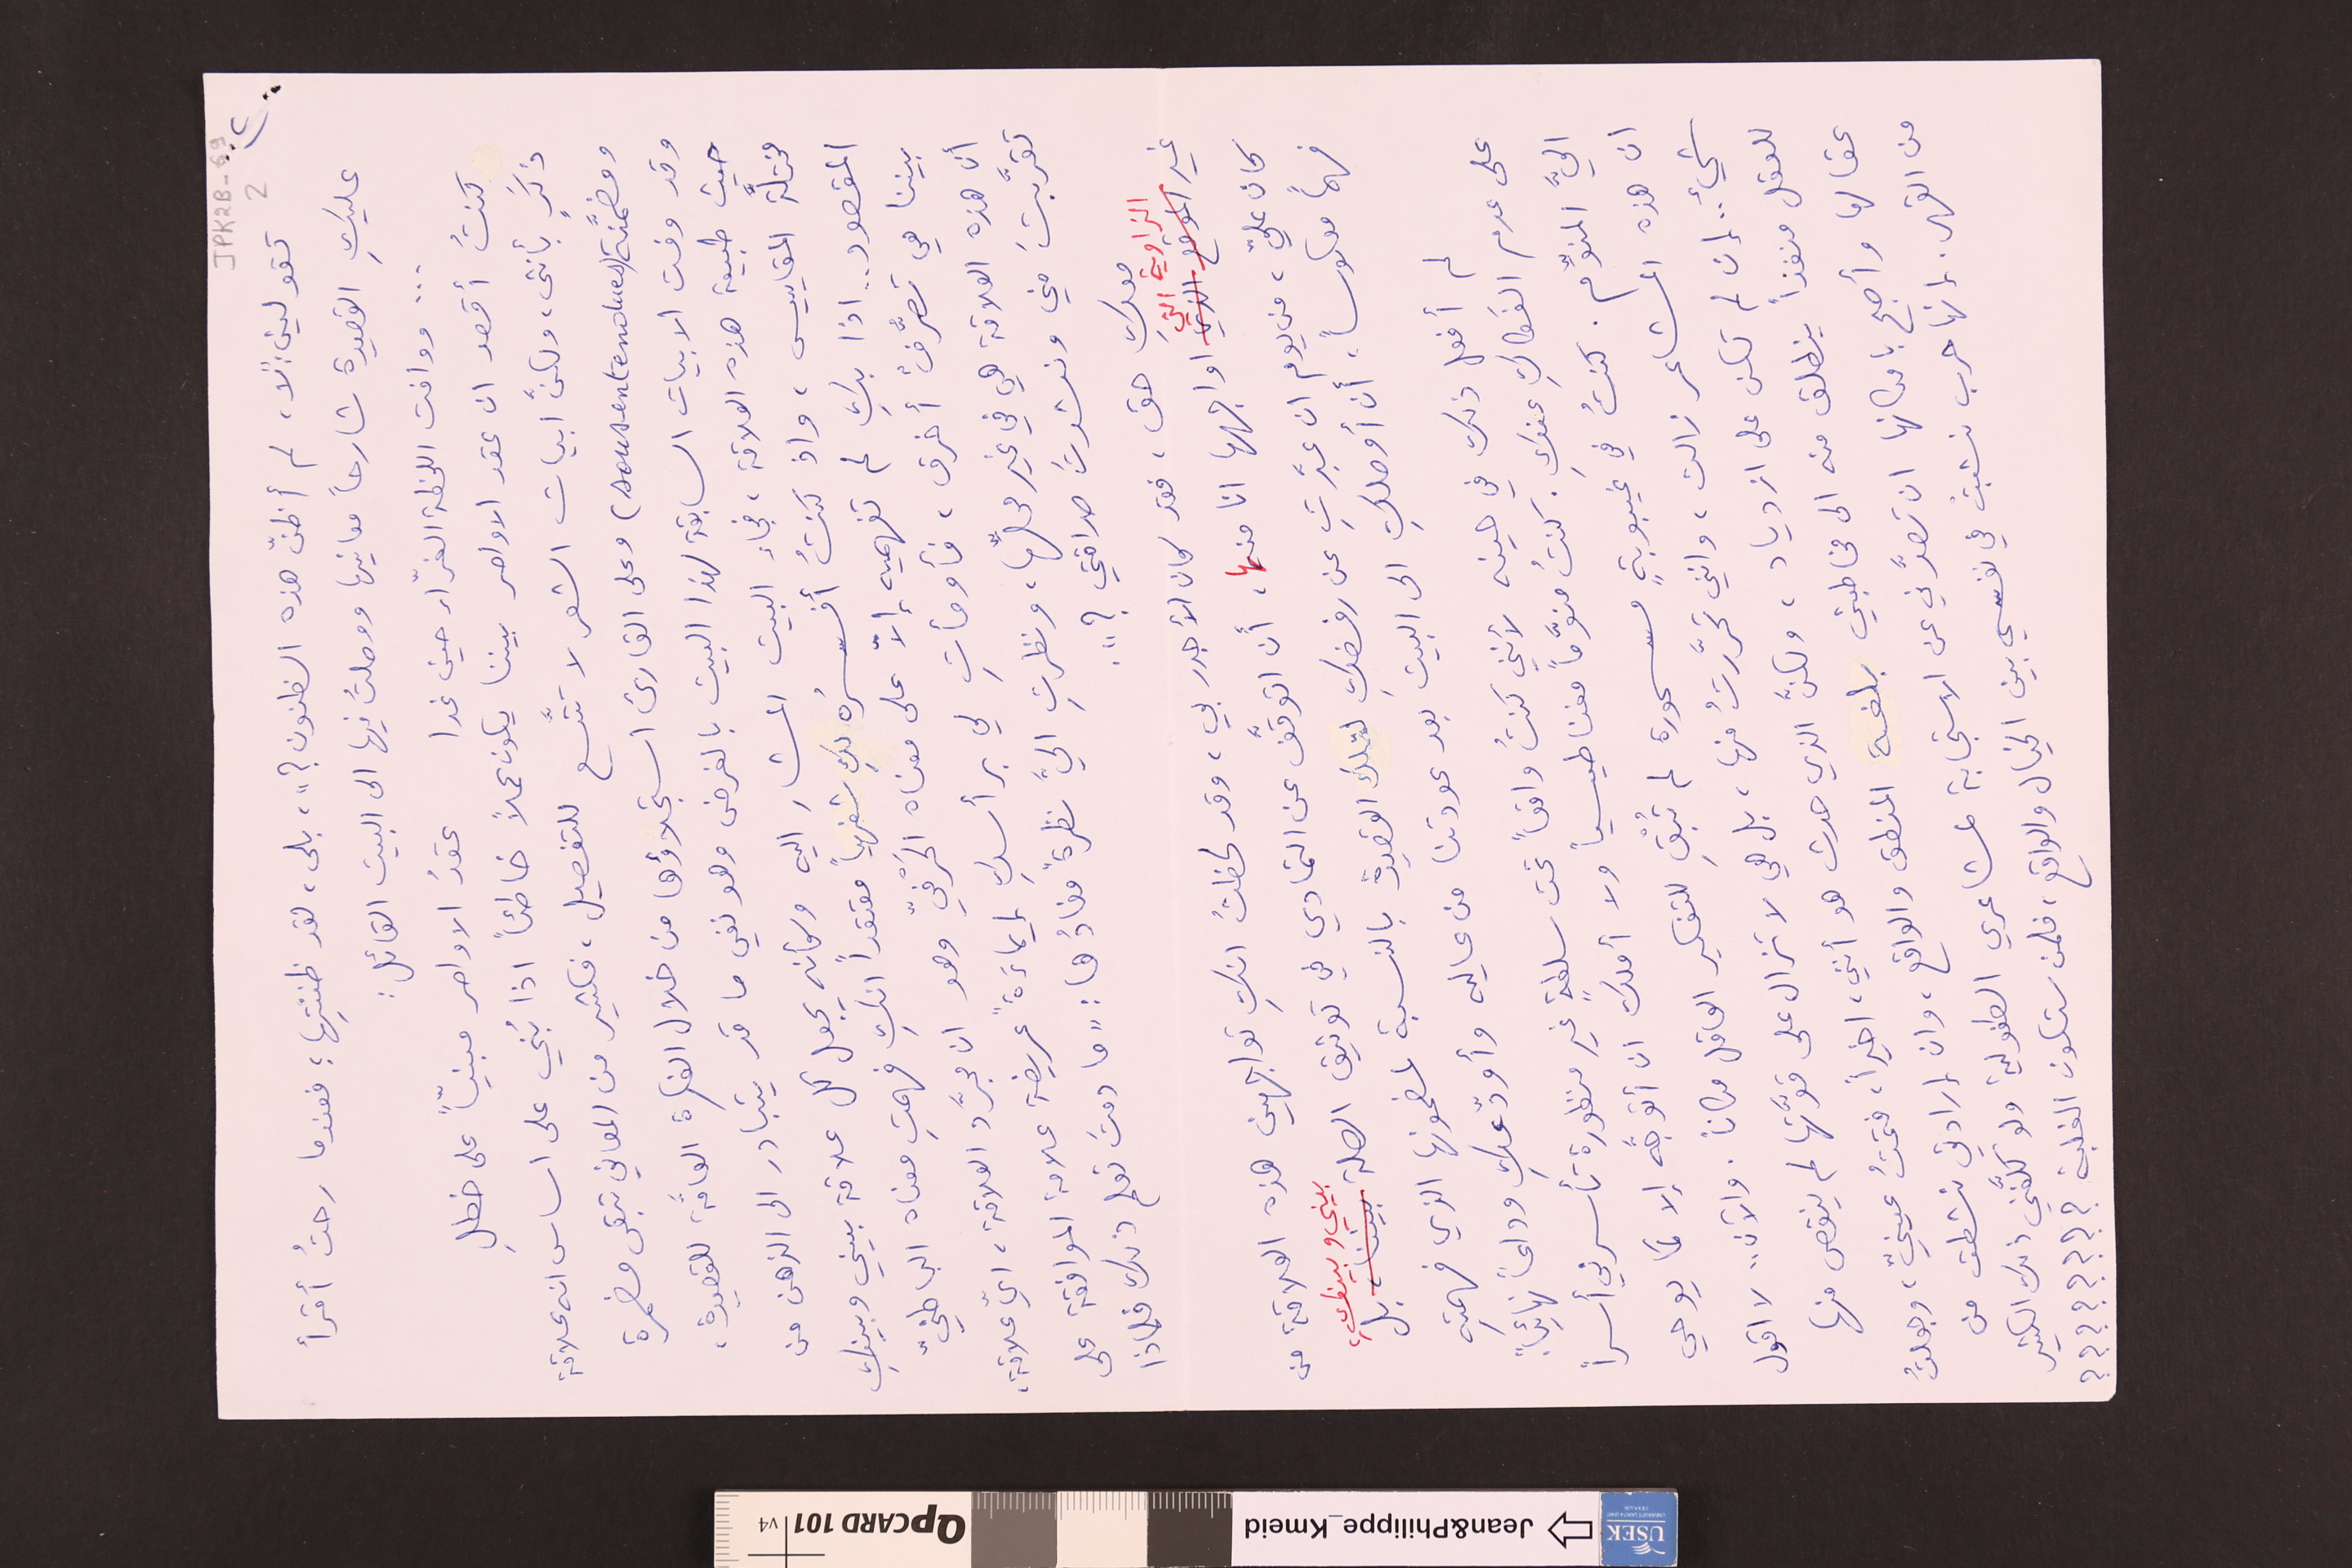
JPK2B-69				2	٢)
تقولين : "لا، لم أظنّ هذه الظنون ؟"، بلى، لقد ظننتِها ؛ فعندما رحتُ أقرأ
عليكِ القصيدة شارحاً معانيها ووصلتُ فيها الى البيت القائل :
... ووافت اللحظة الغرّاء حين غدا		عقدُ الاواصر مبنيّاً على خطلِ
كنتُ أقصد ان عقد الاواصر بيننا يكون عملاً خاطئاً اذا بُني على اساس انه علاقة
ذكَرٍ بأنثى، ولكنَّ ابيات الشعر لا تتَّسع للتفصيل، فكثير من المعاني تبقى مضمرة
ومضمَّنة (sous-entendues) وعلى القارىء استجلاؤها من خلال الفكرة العامَّة للقصيدة،
وقد وفت الابيات السابقة لهذا البيت بالغرض وهو نفي ما قد يتبادر الى الذهن من
حيث طبيعة هذه العلاقة، فجاء البيت المشار اليه وكأنه يجعل كل علاقة بيني وبينكِ
مختلَّة المقاييس، واذ كنتُ أفسرُه لكِ شفهياً معتقداً انكِ فهمتِ معناه الباطنيّ
المقصود .. اذا بكِ لم تفهميه إلاّ على معناه الحَرْفيّ وهو ان مجرَّد العلاقة، ايّ علاقة،
بيننا هي تصرُّفٌ أخرق، فأومأتِ لي برأسكِ إيماءَةً عريضة علامة الموافقة على
ان هذه العلاقة هي في غير محلِّها، ونظرتِ اليَّ نظرةً مفادُها : "ما دمتَ تعلم ذلك فلماذا
تقرَّبتَ مني ونشدتَ صداقتي ؟ ".
معكِ حق، فقد كان الأجدر بي، وقد لحظتُ انكِ تواجهين هذه العلاقة من
غير الزاوية التي اواجهها انا منها، أن اتوقَّف عن التمادي في توثيق الصلة بيني وبينكِ، بل
كان عليّ، من يوم ان عبَّرتِ عن رفضكِ لتلك القصيدة بالنسبة لمضمونها الذي فهمتِه
فهماً معكوساً. أن أوصلكِ الى البيت بعد عودتنا من عاليه وأودّعكِ وداعاً نهائياً.
لم أفعل ذلك في حينه لأنني كنتُ واقعاً تحت سلطةٍ غير منظورة تأسرني أسراً
على عدم الفَكاكِ عنكِ. كنتُ منوَّماً مغناطيسياً ولا أملك ان أتوجَّه إلا كما يوحي
اليَّ المنوَّم. كنتُ في غيبوبةٍ مسحورة لم تُبْقِ للتفكير العاقل مكاناً. والآن .. لا اقول
ان هذه المشاعر زالت، وانني تحرَّرتُ منها، بل هي لا تزال على قوَّتها لم ينقص منها
شيء .. إن لم تكن على ازدياد، ولكنَّ الذي حدث هو أنني، اخيراً، فتحتُ عينيّ، وجعلتُ
للعقل منفذاً ينطلق منه الى مخاطبتي بلغة المنطق والواقع، وان إرادتي نشطت من
عقالها وأصبح بامكانها ان تصدَّني عن الاستجابة لمشاعري الطفولية ولو كلَّفني ذلك الكثير
من القهر. إنها حرب نشبتْ في نفسي بين الخيال والواقع، فلمن ستكون الغلبة ؟؟؟؟؟؟؟؟